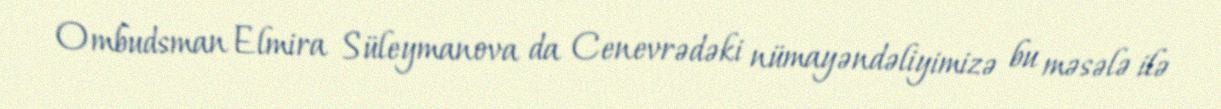
Ombudsman Elmira Süleymanova da Cenevrədəki nümayəndəliyimizə bu məsələ ilə